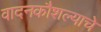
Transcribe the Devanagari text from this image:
वादनकौशल्याचे